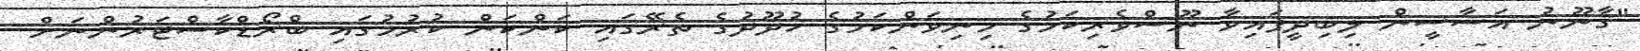
"ޤާނޫނު އަސާސީން ލިބިދީފައިވާ ނޫސްވެރިކަމުގެ މިނިވަންކަމުގެ ހުދޫދުގެ ތެރޭގައި ކަންކަން ކުރުމުގައި ބްރޯޑްކާސްޓަރުންނަށް